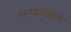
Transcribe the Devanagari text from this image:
अन्याधुनिक